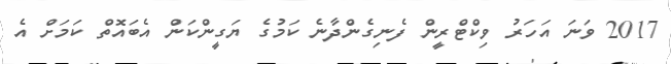
2017 ވަނަ އަހަރު ވިކްޓްރީން ފެނިގެންދާނެ ކަމުގެ ޔަގީންކަން އެބައޮތް ކަމަށް އެ